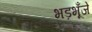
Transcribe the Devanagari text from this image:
भड़भूँजे